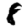
Digit: 8